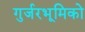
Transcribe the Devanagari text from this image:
गुर्जरभूमिको